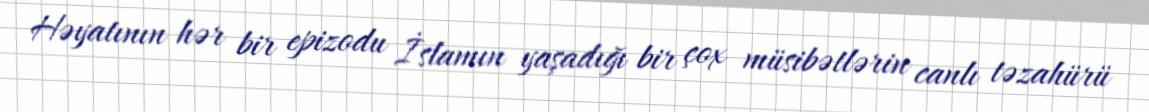
Həyatının hər bir epizodu İslamın yaşadığı bir çox müsibətlərin canlı təzahürü